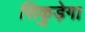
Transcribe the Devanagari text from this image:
सिकुड़ेगा